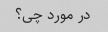
در مورد چی؟